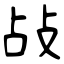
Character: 敁